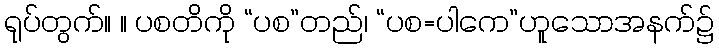
ရုပ်တွက်။ ။ ပစတိကို “ပစ”တည်၊ “ပစ=ပါကေ”ဟူသောအနက်၌